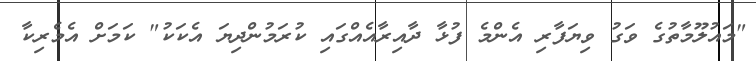
"މައުލޫމާތުގެ ވަގު ވިޔަފާރި އެންމެ ފުޅާ ދާއިރާއެއްގައި ކުރަމުންދިޔަ އެކަކު" ކަމަށް އެމެރިކާ